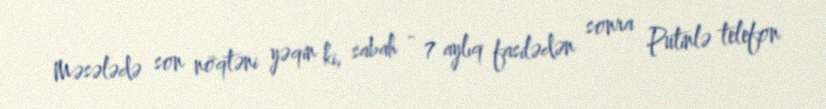
Məsələdə son nöqtəni yəqin ki, sabah - 7 aylıq fasilədən sonra Putinlə telefon